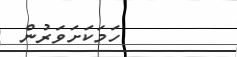
ހަމަކަށަވަރުން